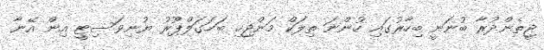
ޖީތެންދުރާ ބުނަނީ ބިހާރުގައި ހުންނަ ތިލަކް މަންޖިހި ބަހަގަލްޕޫރު ޔުނިވަސިޓީ އިން އޭނާ